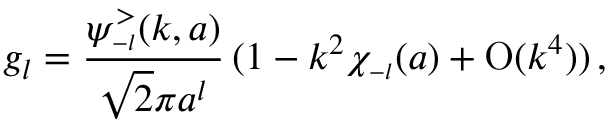
g _ { l } = \frac { \psi _ { \scriptscriptstyle { - l } } ^ { > } ( k , a ) } { \sqrt 2 \pi a ^ { l } } \, ( 1 - k ^ { 2 } \chi _ { \scriptscriptstyle { - l } } ( a ) + \mathrm { O } ( k ^ { 4 } ) ) \, ,